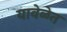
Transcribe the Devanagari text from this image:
यावेळेत